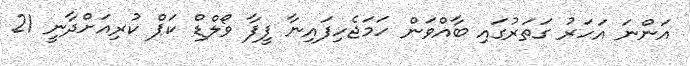
އަންނަ އަހަރު ގަތަރުގައި ބާއްވަން ހަމަޖެހިފައިނާ ފީފާ ވޯލްޑް ކަޕް ކުރިއަށްދާނީ 21